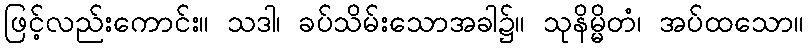
ဖြင့်လည်းကောင်း။ သဒါ၊ ခပ်သိမ်းသောအခါ၌။ သုနိမ္မိတံ၊ အပ်ထသော။